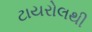
ટાયરોલથી